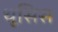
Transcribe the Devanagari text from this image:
थूसिस